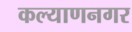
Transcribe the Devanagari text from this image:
कल्याणनगर